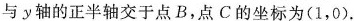
与y轴的正半轴交于点B，点C的坐标为(1，0).